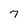
Character: 7